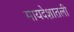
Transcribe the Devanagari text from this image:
मायदेशातली